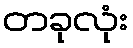
တခုလုံး